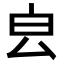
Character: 𣌡